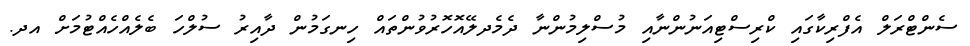
ސެންޓްރަލް އެފްރިކާގައި ކްރިސްޓިއަނުންނާއި މުސްލިމުންނާ ދެމެދލޭއޮހޮރުވުންތައް ހިނގަމުން ދާއިރު ސުލްހަ ބެލެއްހެއްޓުމަށް އދ.